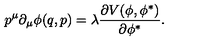
p ^ { \mu } \partial _ { \mu } \phi ( q , p ) = \lambda \frac { \partial V ( \phi , \phi ^ { \ast } ) } { \partial \phi ^ { \ast } } .